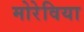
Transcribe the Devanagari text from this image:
मोरेविया